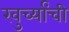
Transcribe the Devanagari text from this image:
खुर्च्यांची